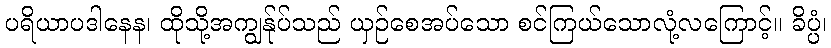
ပရိယာပဒါနေန၊ ထိုသို့အကျွန်ုပ်သည် ယှဉ်စေအပ်သော စင်ကြယ်သောလုံ့လကြောင့်။ ခိပ္ပံ၊